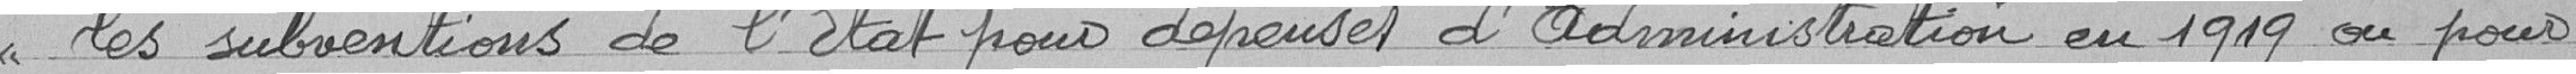
les subventions de l'Etat pour dépenses d'Administration en 1919 ou pour